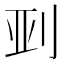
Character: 𫥼